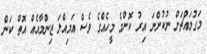
މަގުމައްޗަށް ނުކުންނަ އިރު ކޮންމެ މީހެއްގެ ވެސް އަމިއްލަ ޒިންމާއެއް އޮތް ކަން